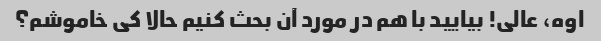
اوه، عالی! بیایید با هم در مورد آن بحث کنیم حالا کی خاموشم؟